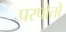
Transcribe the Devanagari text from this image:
परपोतो